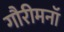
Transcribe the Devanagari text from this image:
गौरीमनॉ